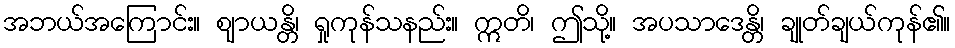
အဘယ်အကြောင်း။ ဈာယန္တိ၊ ရှုကုန်သနည်း။ ဣတိ၊ ဤသို့။ အပသာဒေန္တိ၊ ချုတ်ချယ်ကုန်၏။